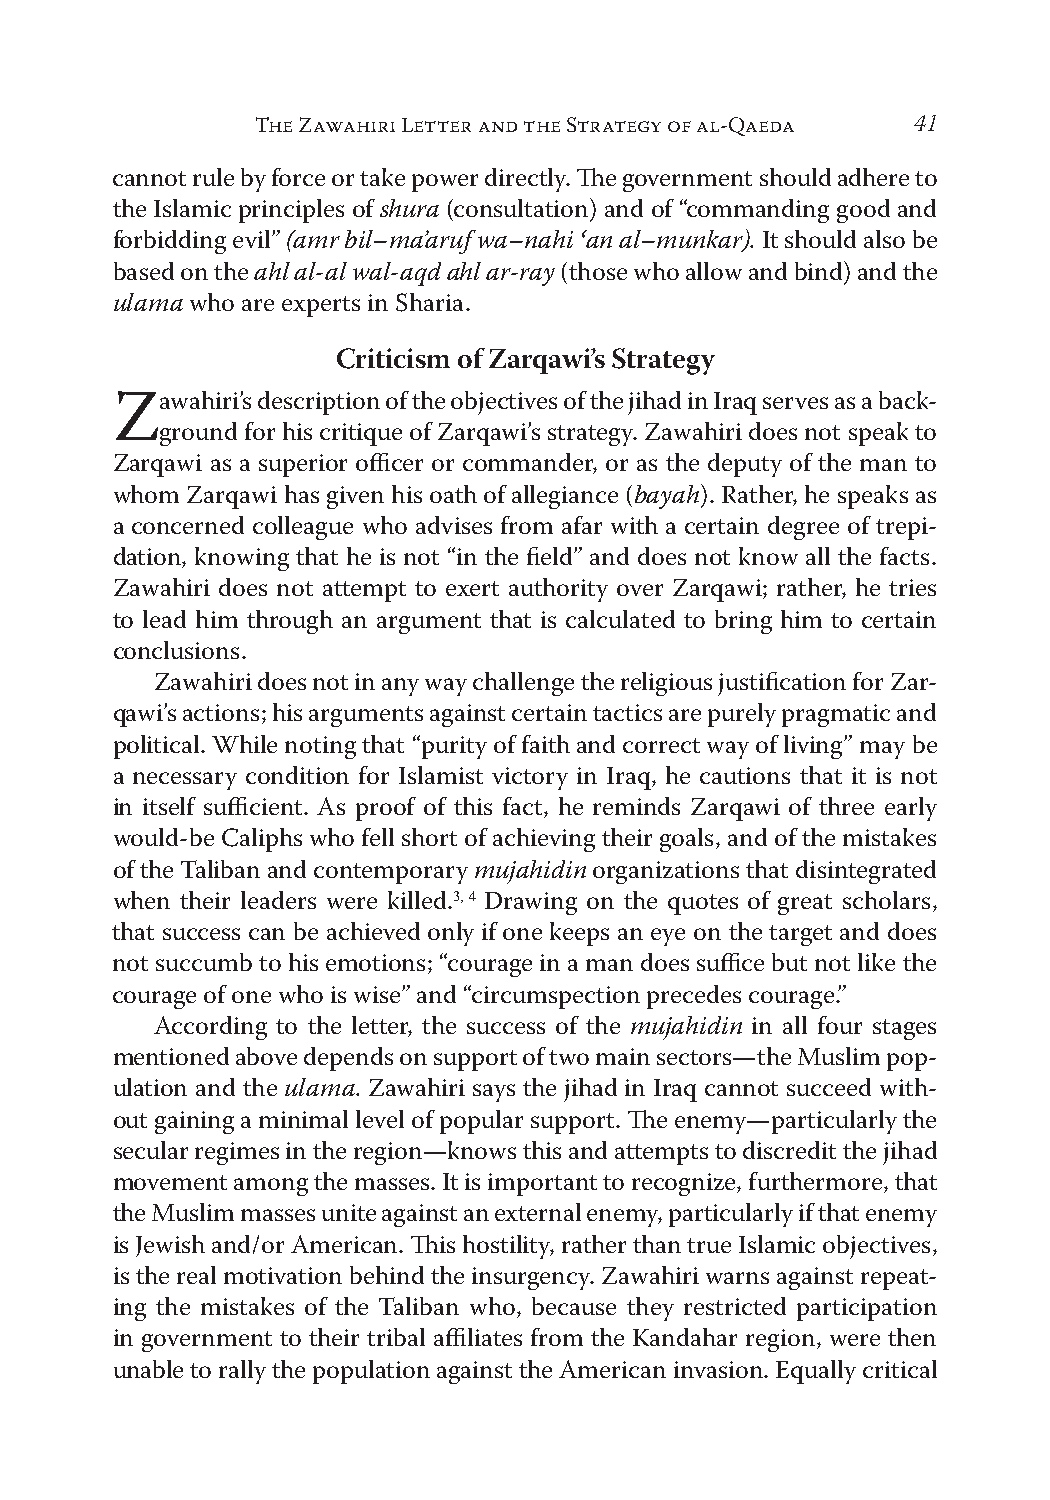
THE ZAWAHIRI LETTER AND THE STRATEGY OF AL-QAEDA 41
 cannot rule by force or take power directly. The government should adhere to
 the Islamic principles of shura (consultation) and of “commanding good and
 forbidding evil” (amr bil–ma’aruf wa–nahi ‘an al–munkar). It should also be
 based on the ahl al-al wal-aqd ahl ar-ray (those who allow and bind) and the
 ulama who are experts in Sharia.
 Criticism of Zarqawi’s Strategy
 awahiri’s description of the objectives of the jihad in Iraq serves as a back-
 Z
 ground for his critique of Zarqawi’s strategy. Zawahiri does not speak to
 Zarqawi as a superior officer or commander, or as the deputy of the man to
 whom Zarqawi has given his oath of allegiance (bayah). Rather, he speaks as
 a concerned colleague who advises from afar with a certain degree of trepi-
 dation, knowing that he is not “in the field” and does not know all the facts.
 Zawahiri does not attempt to exert authority over Zarqawi; rather, he tries
 to lead him through an argument that is calculated to bring him to certain
 conclusions.
 Zawahiri does not in any way challenge the religious justification for Zar-
 qawi’s actions; his arguments against certain tactics are purely pragmatic and
 political. While noting that “purity of faith and correct way of living” may be
 a necessary condition for Islamist victory in Iraq, he cautions that it is not
 in itself sufficient. As proof of this fact, he reminds Zarqawi of three early
 would-be Caliphs who fell short of achieving their goals, and of the mistakes
 of the Taliban and contemporary mujahidin organizations that disintegrated
 3, 4
 when their leaders were killed. Drawing on the quotes of great scholars,
 that success can be achieved only if one keeps an eye on the target and does
 not succumb to his emotions; “courage in a man does suffice but not like the
 courage of one who is wise” and “circumspection precedes courage.”
 According to the letter, the success of the mujahidin in all four stages
 mentioned above depends on support of two main sectors—the Muslim pop-
 ulation and the ulama. Zawahiri says the jihad in Iraq cannot succeed with-
 out gaining a minimal level of popular support. The enemy—particularly the
 secular regimes in the region—knows this and attempts to discredit the jihad
 movement among the masses. It is important to recognize, furthermore, that
 the Muslim masses unite against an external enemy, particularly if that enemy
 is Jewish and/or American. This hostility, rather than true Islamic objectives,
 is the real motivation behind the insurgency. Zawahiri warns against repeat-
 ing the mistakes of the Taliban who, because they restricted participation
 in government to their tribal affiliates from the Kandahar region, were then
 unable to rally the population against the American invasion. Equally critical